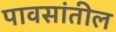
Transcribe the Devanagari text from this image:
पावसांतील